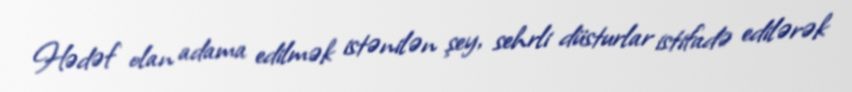
Hədəf olan adama edilmək istənilən şey, sehrli düsturlar istifadə edilərək